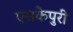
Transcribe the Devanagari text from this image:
एसकेपुरी